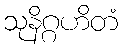
သုနိဂ္ဂဟိတံ